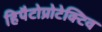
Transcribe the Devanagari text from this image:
हिपैटोप्रोटेक्टिव